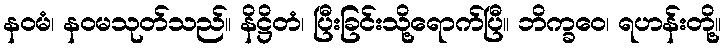
နဝမံ၊ နဝမသုတ်သည်။ နိဋ္ဌိတံ၊ ပြီးခြင်းသို့ရောက်ပြီ။ ဘိက္ခဝေ၊ ရဟန်းတို့။